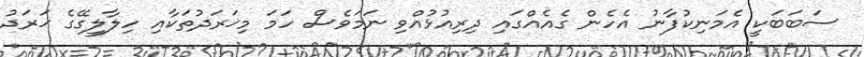
ސަބަބަކީ އެމަނިކުފާނު އެހެން ގެއެއްގައި ދިރިއުޅުއްވި ނަމަވެސް ހަމަ މިޚަރަދުތަކާއި ހިލާލީގޭގެ ޚަރަދު